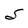
Character: S